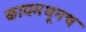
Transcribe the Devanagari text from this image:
कायमधूनच